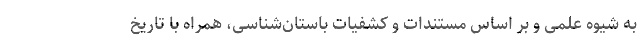
به شیوه علمی‌ و بر اساس مستندات و کشفیات باستان‌شناسی، همراه با تاریخ